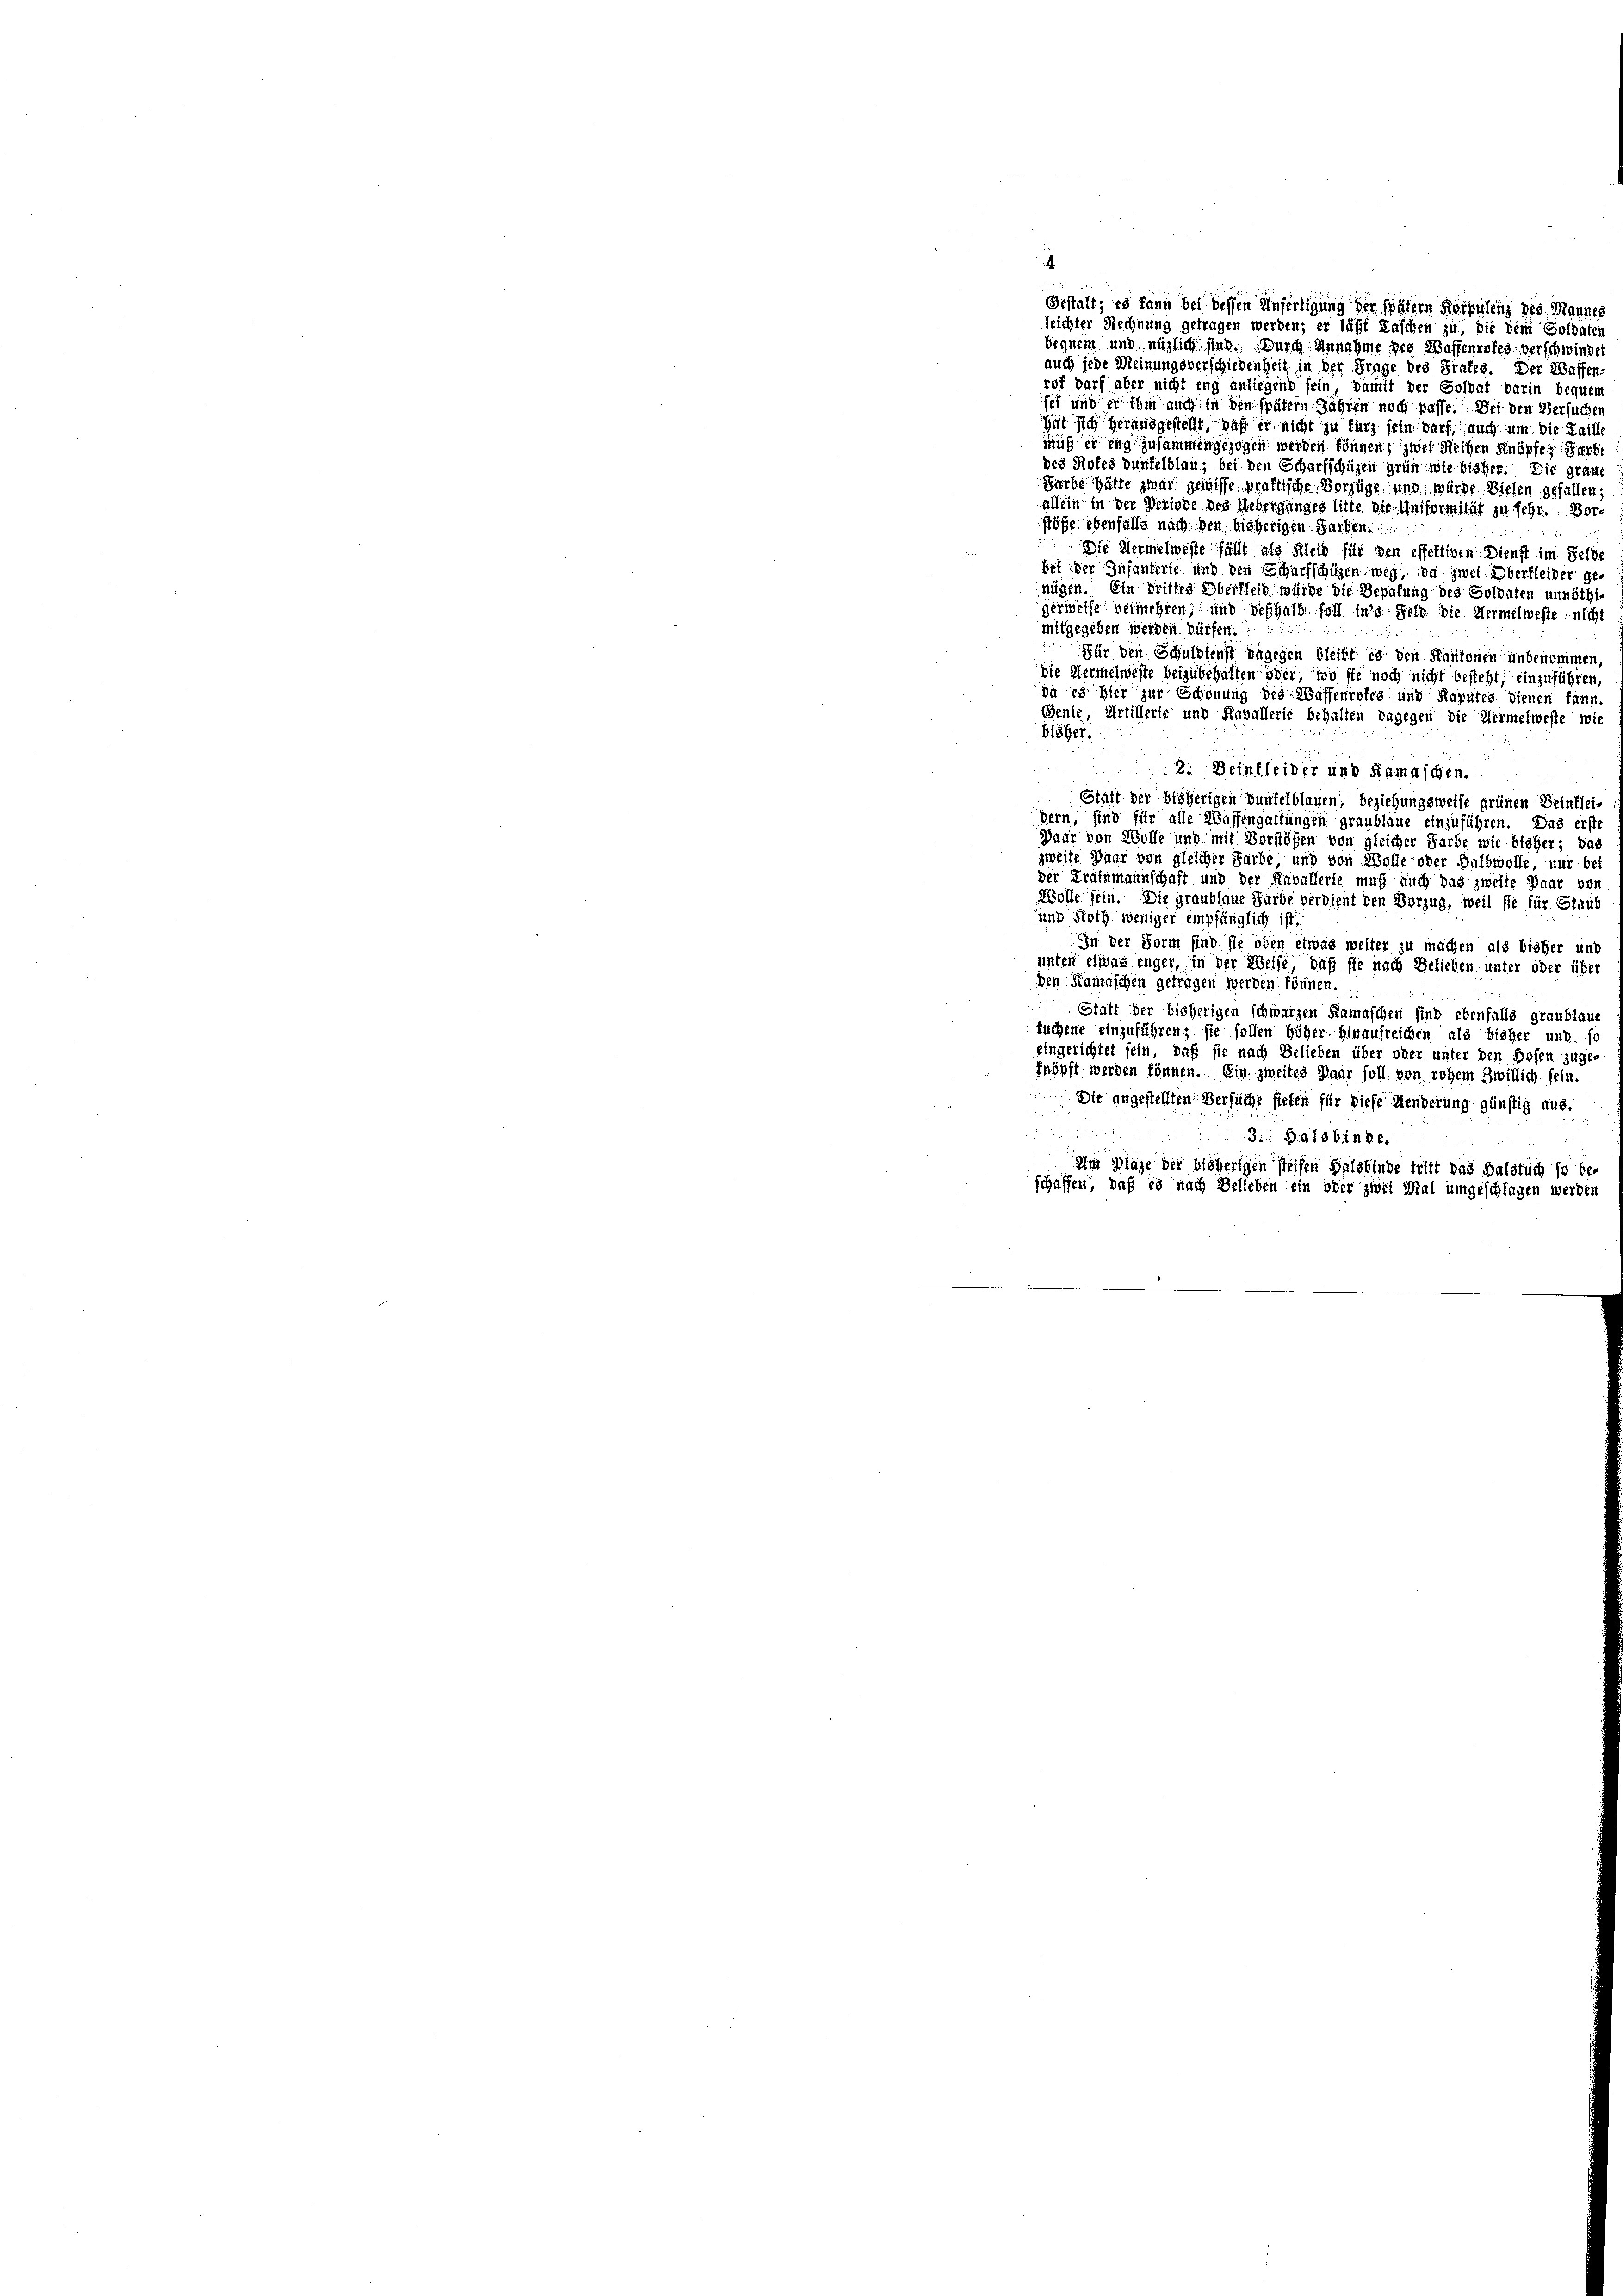
leichter Rechnung getragen werden; er läßt Kaschen zu, die dem Goldate
bequem und möglich sind. Durch Annahme des Waffenrotes. verschwindet
auch jede Meinungsverschiedenheit in der Frage des Grafes. Der Waffen-
ruf darf aber nicht eng anliegend sein, damit der Soldat darin bequem
set und er ihm auch in den spätern Jahren noch passe. Bei den Versuchen
hat sich herausgestellt, daß er nicht zu kurz sein darf, auch um die Faill
miß er eng zusammengezogen werden können, zwei Reihen Knöpfen Herb
des Hofes dunkelblau, bei den Scharfschüzen grün wie bisher. Die graue
Surbe hätte zwar gewisse praktische Vorzüge, und würde Vielen gefallen
allein in der Verlode des Ueberganges litte, die Uniformität zu sehr. Vorstöße ebenfalls nach den bisherigen Farben
Die Vermelweste fällt als bleib für den effektiven Dienst im Selb
bet der Infanterie und den Scharfschulen weg, da zwei Oberfleider genügen. Ein dritter Oberfleid würde die Bepafung des Soldaten unnöth
gerweise vermehren, und deshalb soll ins Feld die Hermelweste nich
mitgegeben werden dürfen.
Für den Schuldienst dagegen bleibt es den Kantonen unbenommen
die Vermelweste beizubehalten oder, wo sie noch nicht besteht, einzuführen
da es hier zur Schonung des Waffenrotes und Kaputes dienen kann.
Genie, Artillerie und Anwallerie behalten dagegen die Hermelweste wie
bisher.
2
ä
2. Dein kleider und Ramaschen.
Statt der bisherigen Dunkelblauen, beziehungsweise grünen Beinkleidern, sind für alle Waffengattungen graublaue einzuführen. Das erst
Daar von Wolle und mit Vorstößen von gleicher Farbe wie bisher; das
zweite Baur von gleicher Farbe und von Wolle oder Halbwolle, nur bet
der Krainmannschaft und der Kavallerie muß auch das zweite Paar von
Wolle sein. Die graubhaue Farbe verdient den Vorzug, weil sie für Staub
und Roth weniger empfänglich ist.
In der Form sind sie oben etwas weiter zu machen als bisher und
unter etwas enger, in der Weise, daß sie nach Belieben unter oder über
den Kamaschen getragen werden, können.
Statt der bisherigen schwarzen Ramaschen sind ebenfalls graublau
tischene einzuführen, sie sollen höher hinaufreichen als bisher und si
eingerichtet sein, daß sie nach Belieben über oder unter den Hosen zuge
fnöpft werden können. Ein zweites Paar soll von rohem Zwitlich sein.
Die angestellten Versuche stehen für diese Menderung günstig aus.
3 1849 x
Im Plage der bisherigen steifen Halbbinde tritt das Balstuch so be-
schaffen, daß es nach Belleben ein oder zwei Mal umgeschlagen werden

Gestalt; es kann bei dessen Anfertigung der spätern Korpulenz des Manne